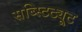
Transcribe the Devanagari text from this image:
सब्स्टिट्यूट